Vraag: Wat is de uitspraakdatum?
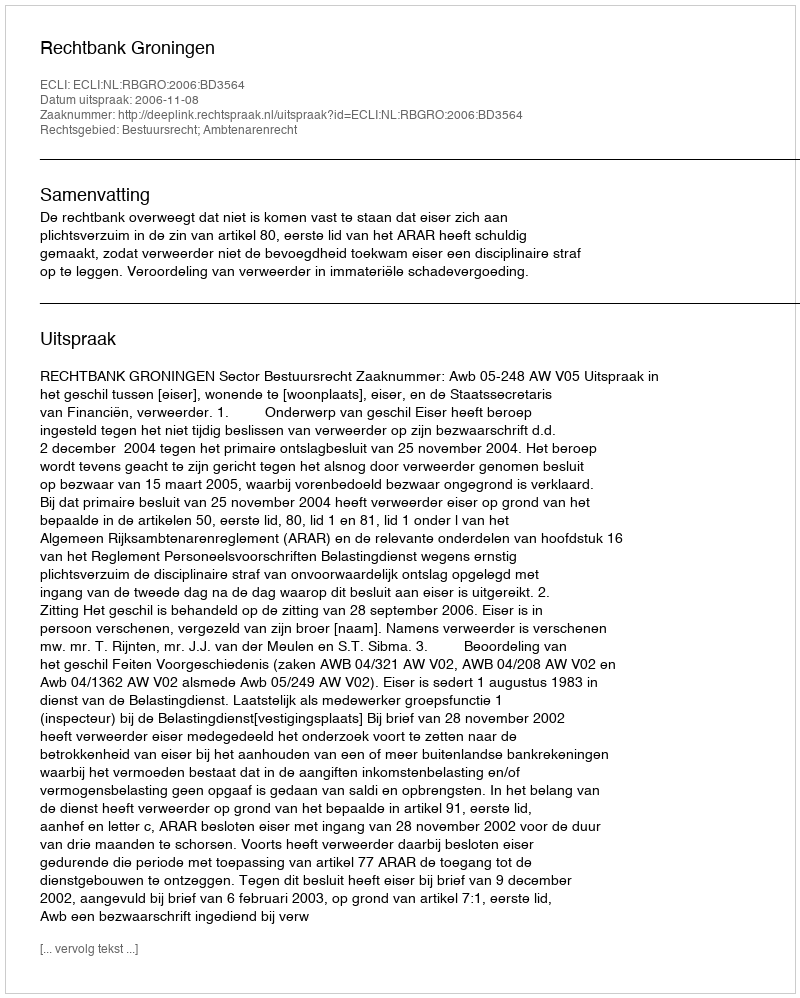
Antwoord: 2006-11-08